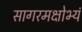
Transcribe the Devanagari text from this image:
सागरमक्षोभ्यं